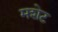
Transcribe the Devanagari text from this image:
मशेट